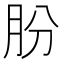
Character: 朌